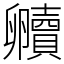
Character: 贕